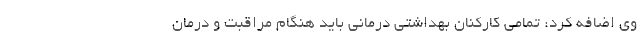
وی اضافه کرد: تمامی کارکنان بهداشتی درمانی باید هنگام مراقبت و درمان